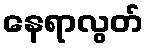
နေရာလွတ်